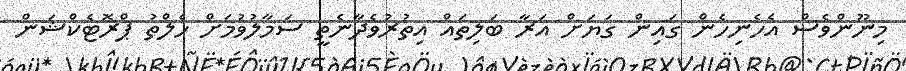
މިނޫންވެސް އެހެނިހެން ގައިން ގަޔަށް އަރާ ބަލިތައް އިތުރުވެދާނެތީ ސަމާލުވުމަށް ހެލްތު ޕްރޮޓެކްޝަން